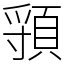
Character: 頱